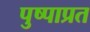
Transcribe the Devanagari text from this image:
पुष्पाप्रत